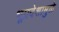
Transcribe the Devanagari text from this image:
भूप्रदेशामुळे